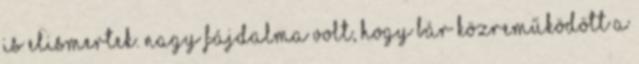
is elismertek. Nagy fájdalma volt, hogy bár közreműködött a